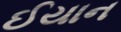
ઈયાન